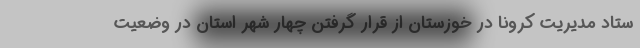
ستاد مدیریت کرونا در خوزستان از قرار گرفتن چهار شهر استان در وضعیت